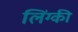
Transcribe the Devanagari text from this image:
लिंग्‍की